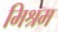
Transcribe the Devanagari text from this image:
मिश्रम